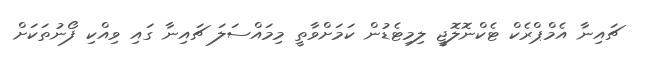
ޗައިނާ އެމްޕްރެކް ޓެކްނޮލޮޖީ ލިމިޓެޑުން ކަމަށްވާތީ މިމައްސަލަ ޗައިނާ ގައި ވިއްކި ފޯނުތަކަށް